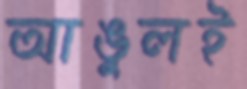
আঙুলই